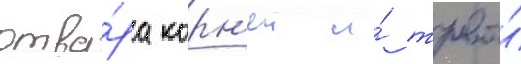
отва́ра корн'еи и́ травы́